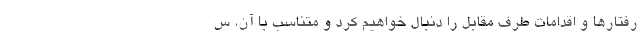
رفتارها و اقدامات طرف مقابل را دنبال خواهیم کرد و متناسب با آن، س